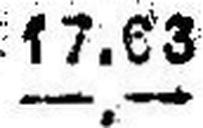
—.—